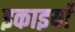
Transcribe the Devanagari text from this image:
इकाइयांँ